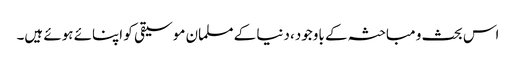
اس بحث و مباحثہ کے باوجود، دنیا کے مسلمان موسیقی کو اپنائے ہوئے ہیں۔